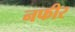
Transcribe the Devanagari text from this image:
नफीर